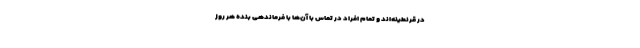
در قرنطینه‌اند و تمام افراد در تماس با آن‌ها با فرماندهی بنده هر روز